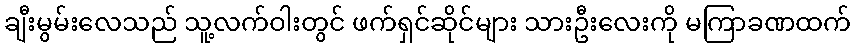
ချီးမွမ်းလေသည် သူ့လက်ဝါးတွင် ဖက်ရှင်ဆိုင်များ သားဦးလေးကို မကြာခဏထက်